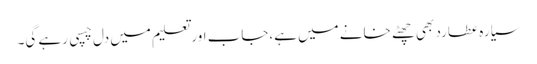
سیارہ عطارد بھی چھٹے خانے میں ہے،جاب اور تعلیم میں دل چسپی رہے گی۔